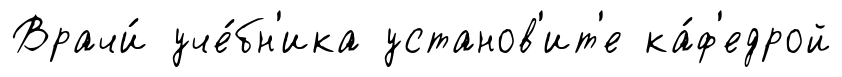
Врачи́ уче́бн'ика установ'ит'е ка́ф'едрой